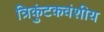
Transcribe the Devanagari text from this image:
त्रिकुंटकवंशीय